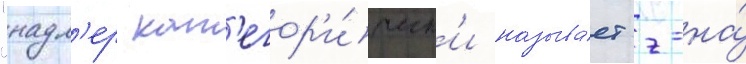
"надл'ер кат'егор'и́ческ'и называ́ет г-на́